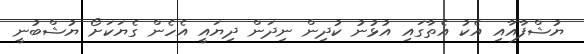
ޔުޝްފާއާއި އެކު އެތާގައި އުޅުނު ކުދިން ނިދަން ދިޔައީ އެހެން ގެޔަކަށޯ ޔުޝްބުނީ